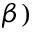
\beta )